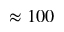
\approx 1 0 0